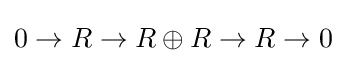
0\to R\to R\oplus R\to R\to 0